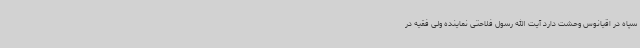
سپاه در اقیانوس وحشت دارد آیت الله رسول فلاحتی نماینده ولی فقیه در